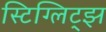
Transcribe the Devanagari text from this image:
स्टिग्लिट्झ